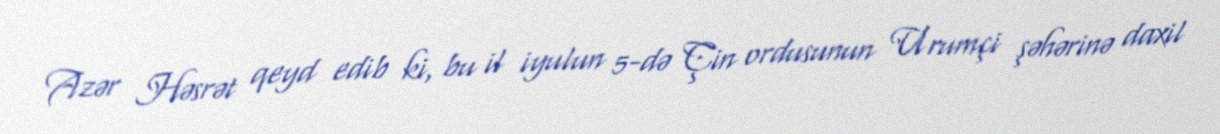
Azər Həsrət qeyd edib ki, bu il iyulun 5-də Çin ordusunun Urumçi şəhərinə daxil